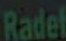
Radel